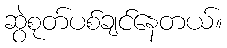
ဆွဲစုတ်ပစ်ချင်နေတယ်။